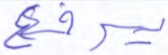
يرفع